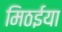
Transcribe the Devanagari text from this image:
मिठईया